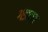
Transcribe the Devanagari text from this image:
गंडान्त